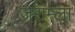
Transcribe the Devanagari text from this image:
जराम्ला